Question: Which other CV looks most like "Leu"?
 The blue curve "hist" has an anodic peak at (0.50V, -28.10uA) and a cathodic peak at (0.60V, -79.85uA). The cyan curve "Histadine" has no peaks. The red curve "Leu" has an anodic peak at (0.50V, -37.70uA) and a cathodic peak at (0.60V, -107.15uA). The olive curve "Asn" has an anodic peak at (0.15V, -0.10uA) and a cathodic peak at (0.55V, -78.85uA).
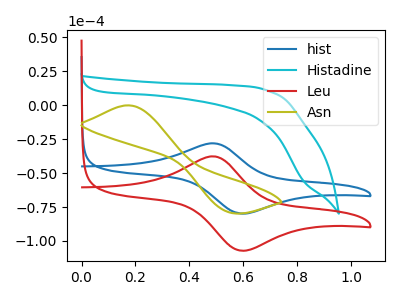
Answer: <think>"hist" and "Histadine" have a different number of peaks. All the peaks in "hist" have a peak in "Leu" at the same potential. "hist" and "Asn" have at least one peak that do not match. "Histadine" and "Leu" have a different number of peaks. "Histadine" and "Asn" have a different number of peaks. "Leu" and "Asn" have at least one peak that do not match.
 </think>
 <answer>The CV with the most similar shape to "hist" is "Leu".</answer>
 <eval>"Leu"</eval>